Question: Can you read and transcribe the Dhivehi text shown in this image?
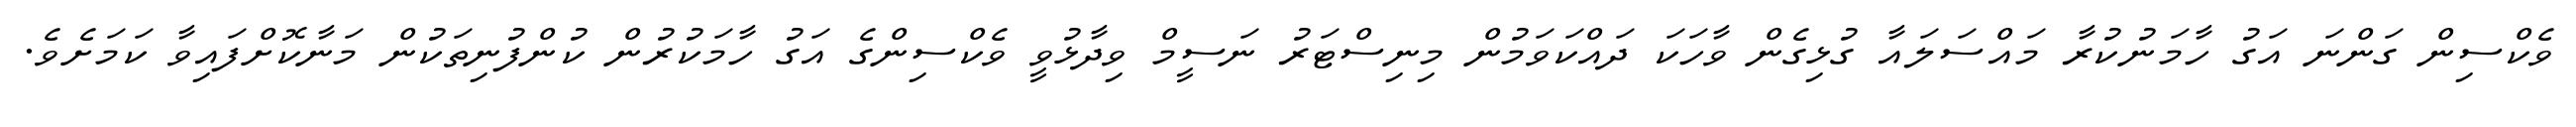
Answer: ވެކްސިން ގަންނަ އަގު ހާމަނުކުރާ މައްސަލައާ ގުޅިގެން ވާހަކަ ދައްކަވަމުން މިނިސްޓަރު ނަސީމް ވިދާޅުވީ ވެކްސިންގެ އަގު ހާމަކުރުން ކުންފުނިތަކުން މަނާކޮށްފައިވާ ކަމަށެވެ.